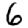
Digit: 6